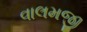
વાલમજી